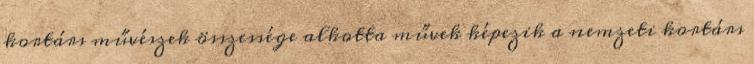
kortárs művészek összessége alkotta művek képezik a nemzeti kortárs